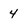
Character: 4